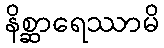
နိစ္ဆာရေဿာမိ